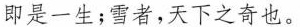
即是一生；雪者，天下之奇也。